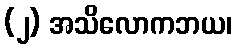
(၂) အသိလောကဘယ၊